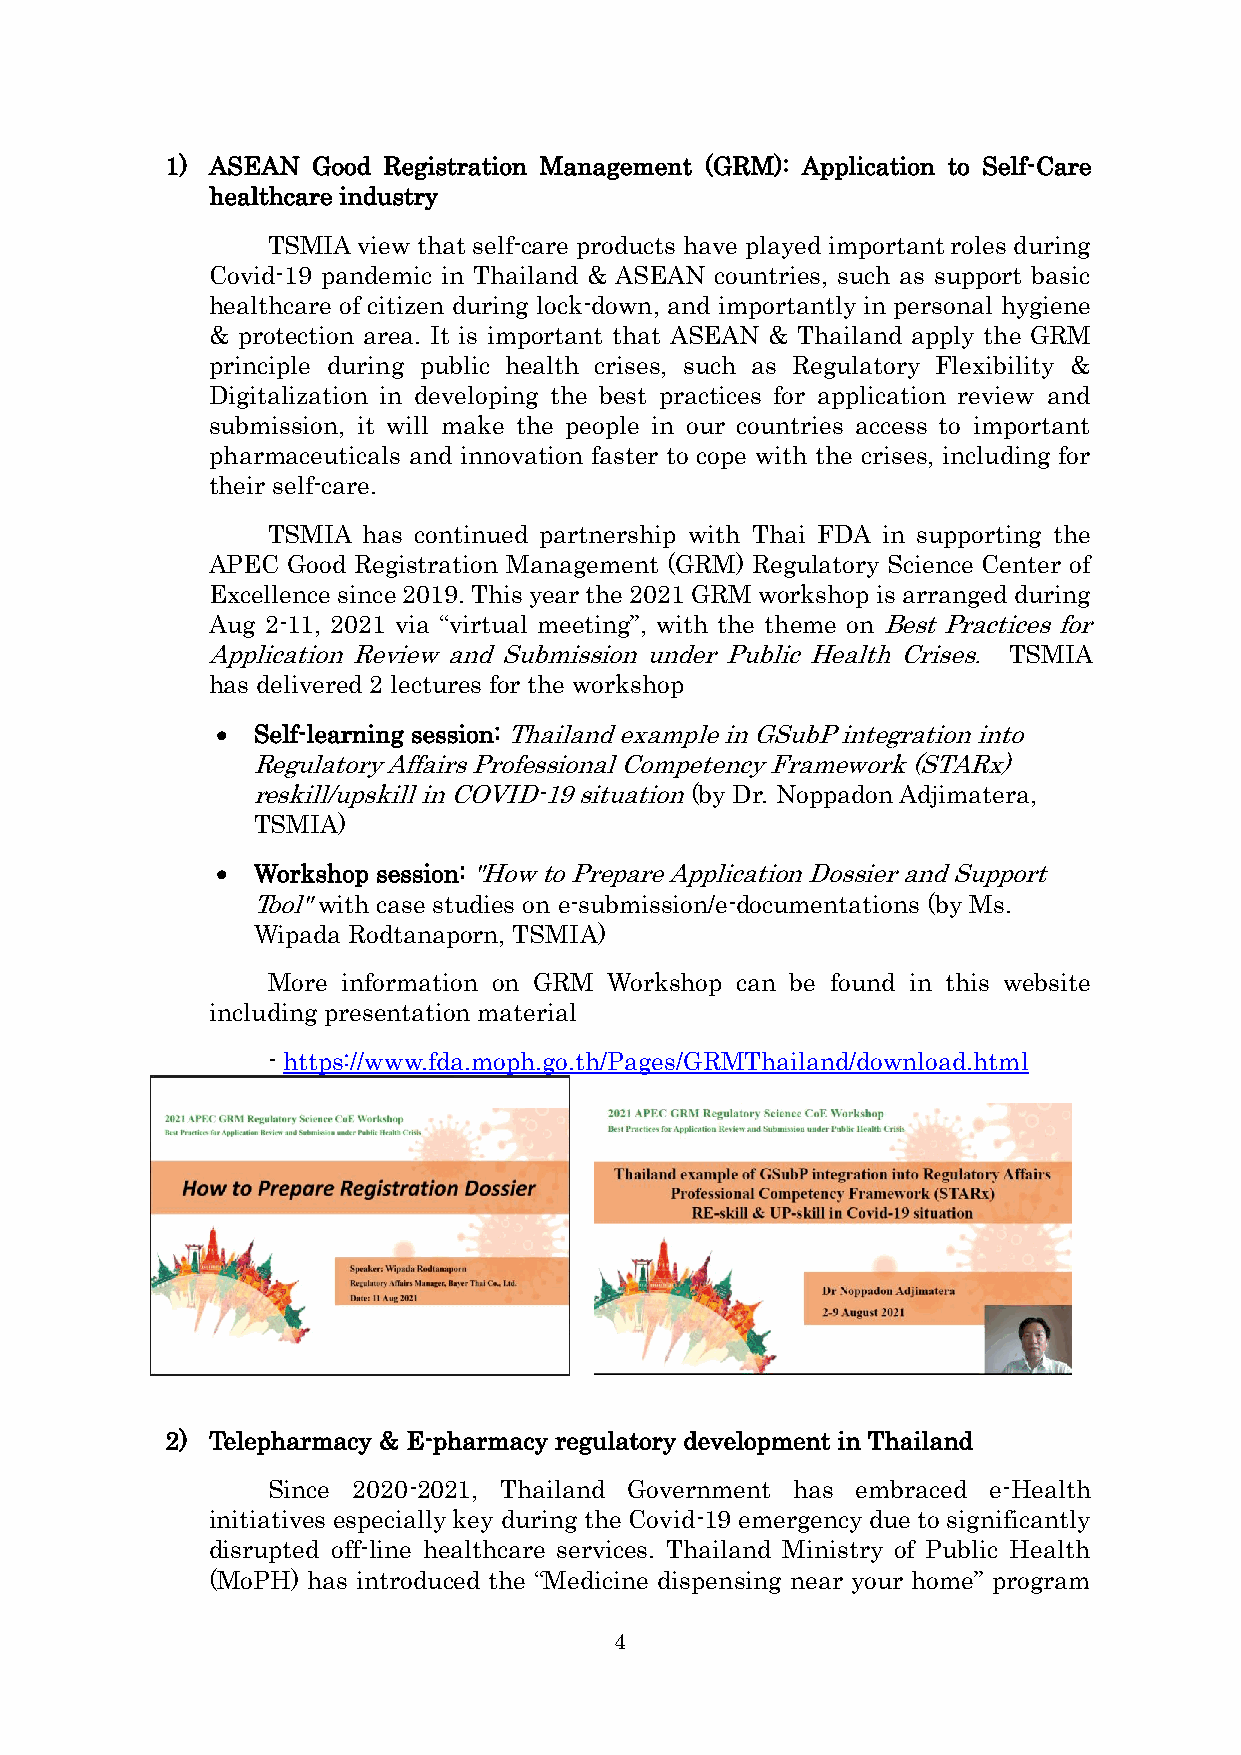
1) ASEAN  Good Registration Management (GRM): Application to Self-Care
 healthcare industry
 TSMIA view that self-care products have played important roles during
 Covid-19 pandemic in Thailand & ASEAN countries, such as support basic
 healthcare of citizen during lock-down, and importantly in personal hygiene
 & protection area. It is important that ASEAN & Thailand apply the GRM
 principle during public health crises, such as Regulatory Flexibility &
 Digitalization in developing the best practices for application review and
 submission, it will make the people in our countries access to important
 pharmaceuticals and innovation faster to cope with the crises, including for
 their self-care.
 TSMIA has continued partnership with Thai FDA in supporting the
 APEC Good Registration Management (GRM) Regulatory Science Center of
 Excellence since 2019. This year the 2021 GRM workshop is arranged during
 Aug 2-11, 2021 via “virtual meeting”, with the theme on Best Practices for
 Application Review and Submission under Public Health Crises. TSMIA
 has delivered 2 lectures for the workshop
 •  Self-learning session: Thailand example in GSubP integration into
 Regulatory Affairs Professional Competency Framework (STARx)
 reskill/upskill in COVID-19 situation (by Dr. Noppadon Adjimatera,
 TSMIA)
 •  Workshop session: "How to Prepare Application Dossier and Support
 Tool" with case studies on e-submission/e-documentations (by Ms.
 Wipada Rodtanaporn, TSMIA)
 More information on GRM Workshop can be found in this website
 including presentation material
 - https://www.fda.moph.go.th/Pages/GRMThailand/download.html
 2) Telepharmacy & E-pharmacy regulatory development in Thailand
 Since 2020-2021, Thailand Government has embraced e-Health
 initiatives especially key during the Covid-19 emergency due to significantly
 disrupted off-line healthcare services. Thailand Ministry of Public Health
 (MoPH) has introduced the “Medicine dispensing near your home” program
 4